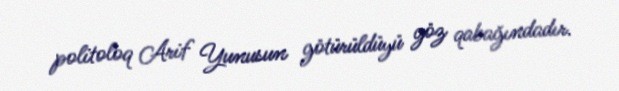
politoloq Arif Yunusun götürüldüyü göz qabağındadır.